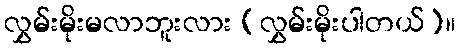
လွှမ်းမိုးမလာဘူးလား (လွှမ်းမိုးပါတယ်)။